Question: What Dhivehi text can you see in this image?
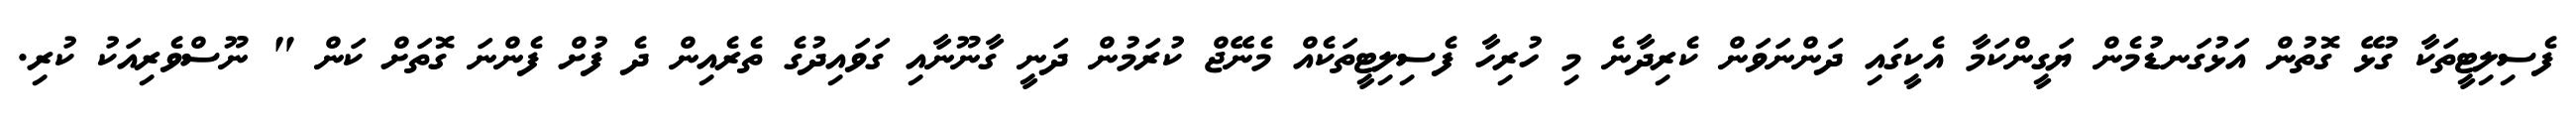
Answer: ފެސިލިޓީތަކާ ގުޅޭ ގޮތުން އަޅުގަނޑުމެން ޔަގީންކަމާ އެކީގައި ދަންނަވަން ކެރިދާނެ މި ހުރިހާ ފެސިލިޓީތަކެއް މެނޭޖް ކުރަމުން ދަނީ ގާނޫނާއި ގަވައިދުގެ ތެރެއިން ދެ ފުށް ފެންނަ ގޮތަށް ކަން " ނޫސްވެރިއަކު ކުރި.